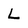
Character: L